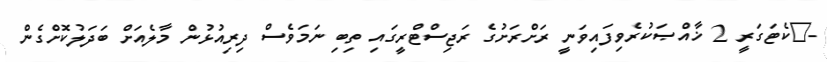
-	ކެޓަގަރީ 2 ޚާއްޞަކުރެވިފައިވަނީ ރަށްރަށުގެ ރަޖިސްޓްރީގައި ތިބި ނަމަވެސް ދިރިއުޅުން މާލެއަށް ބަދަލުކޮށްގެން